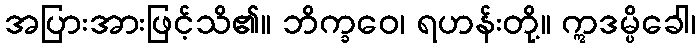
အပြားအားဖြင့်သိ၏။ ဘိက္ခဝေ၊ ရဟန်းတို့။ ဣဒမ္ပိခေါ၊